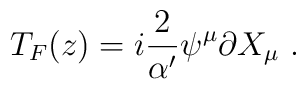
T_F(z)=i{2\over\alpha^\prime}\psi^\mu\partial X_\mu\ .